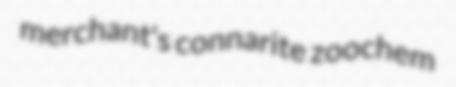
merchant's connarite zoochem